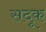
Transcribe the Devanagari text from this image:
सदूक